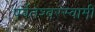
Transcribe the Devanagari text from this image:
पर्वतेश्‍वरस्वामी